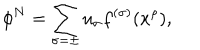
\phi ^ { N } = \sum _ { \sigma = \pm } u _ { \sigma } f ^ { ( \sigma ) } ( x ^ { \rho } ) ,